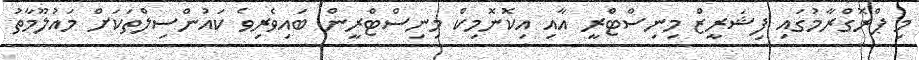
މި ޕްރޮގްރާމުގައި ފިޝަރީޒް މިނިސްޓްރީ އާއި އިކޮނޮމިކް މިނިސްޓްރީން ބައިވެރިވެ ކައުންސިލްތަކަށް މައުލޫމާތު